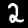
Digit: 2